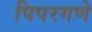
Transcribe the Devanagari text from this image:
पिपरगणे